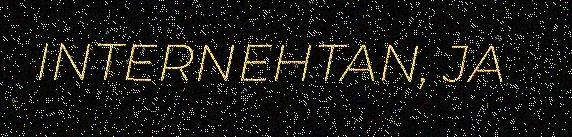
INTERNEHTAN, JA